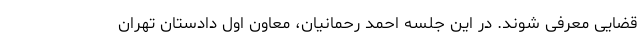
قضایی معرفی شوند. در این جلسه احمد رحمانیان، معاون اول دادستان تهران